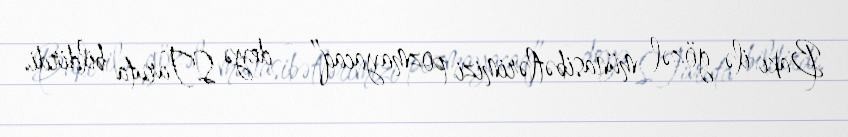
Bakı ilə gözəl münasibətlərimizi pozmayacaq” - deyə S.Taruta bildirdi.